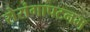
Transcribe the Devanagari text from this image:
सेरांगापटनम